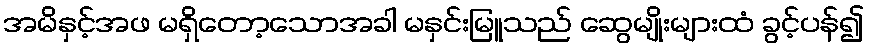
အမိနှင့်အဖ မရှိတော့သောအခါ မနှင်းမြူသည် ဆွေမျိုးများထံ ခွင့်ပန်၍